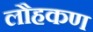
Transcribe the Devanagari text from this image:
लौहकण